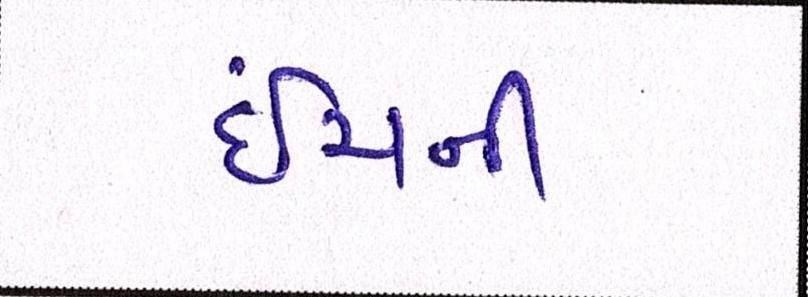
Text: ઇંચની